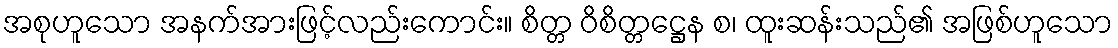
အစုဟူသော အနက်အားဖြင့်လည်းကောင်း။ စိတ္တ ဝိစိတ္တဋ္ဌေန စ၊ ထူးဆန်းသည်၏ အဖြစ်ဟူသော